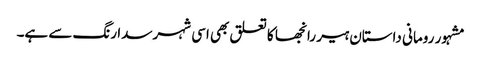
مشہور رومانی داستان ہیر رانجھا کا تعلق بھی اسی شہر سدا رنگ سے ہے۔